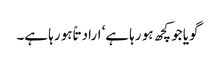
گویا جو کچھ ہو رہا ہے‘ ارادتاً ہو رہا ہے۔